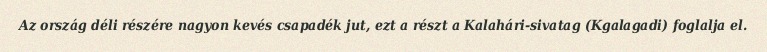
Az ország déli részére nagyon kevés csapadék jut, ezt a részt a Kalahári-sivatag (Kgalagadi) foglalja el.